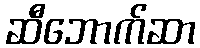
ဆီဘောက်ဆာ